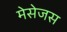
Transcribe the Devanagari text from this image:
मेसेजस